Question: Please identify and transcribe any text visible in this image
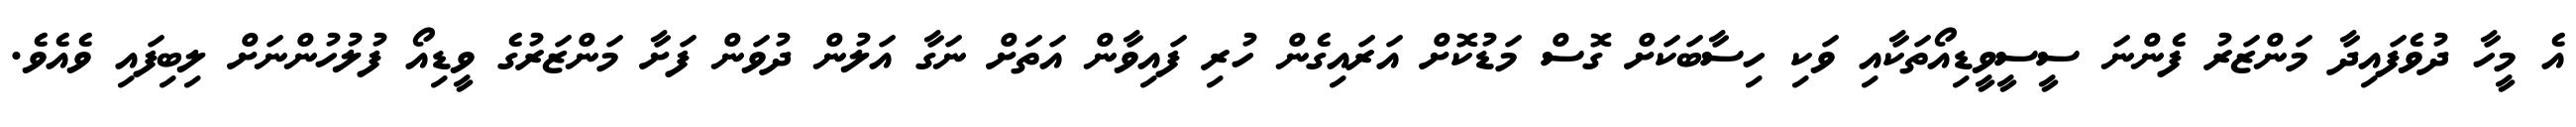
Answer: އެ މީހާ ދުވެފައިދާ މަންޒަރު ފެންނަ ސީސީވީޑިއޯތަކާއި ވަކި ހިސާބަކަށް ގޮސް މަޑުކޮށް އަރައިގެން ހުރި ފައިވާން އަތަށް ނަގާ އަލުން ދުވަން ފަށާ މަންޒަރުގެ ވީޑިއޯ ފުލުހުންނަށް ލިބިފައި ވެއެވެ.